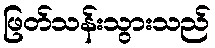
ဖြတ်သန်းသွားသည်